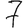
Digit: 7